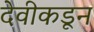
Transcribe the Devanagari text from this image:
देवीकडून